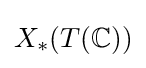
X_{*}(T(\mathbb {C} ))